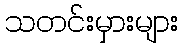
သတင်းမှားများ